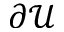
\partial \mathcal { U }